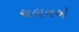
ચલનએ